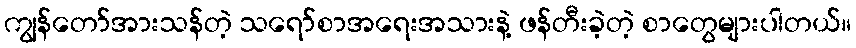
ကျွန်တော်အားသန်တဲ့ သရော်စာအရေးအသားနဲ့ ဖန်တီးခဲ့တဲ့ စာတွေများပါတယ်။